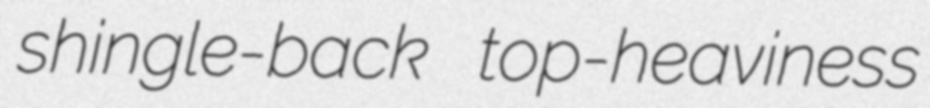
shingle-back top-heaviness